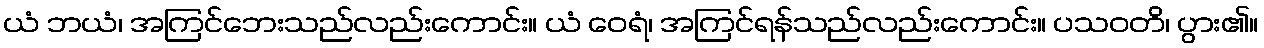
ယံ ဘယံ၊ အကြင်ဘေးသည်လည်းကောင်း။ ယံ ဝေရံ၊ အကြင်ရန်သည်လည်းကောင်း။ ပသဝတိ၊ ပွား၏။